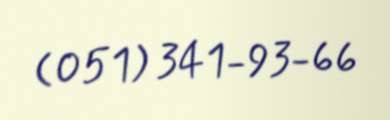
(051) 341-93-66